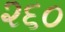
૨૬૦